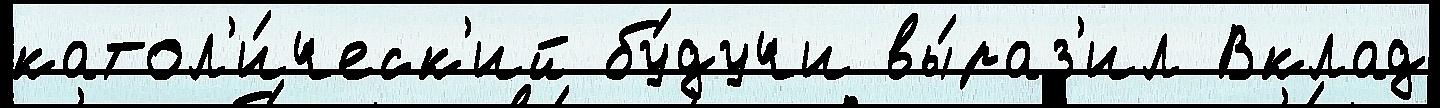
катол'и́ческ'ий бу́дучи вы́раз'ил Вклад